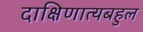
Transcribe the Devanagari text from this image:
दाक्षिणात्यबहुल